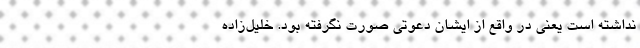
نداشته است یعنی در واقع از ایشان دعوتی صورت نگرفته بود. خلیل‌زاده